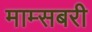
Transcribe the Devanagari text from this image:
माम्सबरी